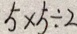
5 \times 5 \div 2